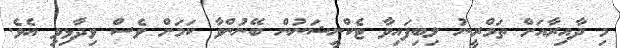
މި ދާއިރާއަށް ތަމްރީނު ލިބިފައިވާ ޓެކްނީޝަނުން ބޭނުންވާ ކަމަށް ވެސް ވިދާޅިވި އެވެ.